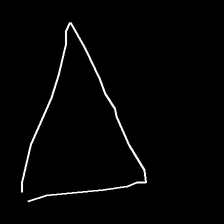
Glyph: convergence